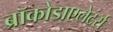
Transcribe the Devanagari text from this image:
ब्रॉकोडाएलेटर्स